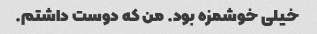
خیلی خوشمزه بود. من که دوست داشتم.